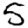
Digit: 5